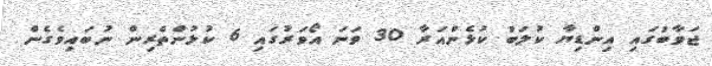
ޖަވާބުގައި އިންޑިޔާ ކުލަބު ކުޅެންއަރާ 30 ވަނަ އޯވަރުގައި 6 ކުޅުންތެރިން ނުބައިވެގެން